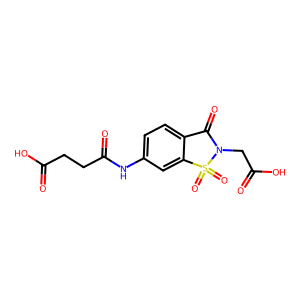
SMILES: O=C(O)CCC(=O)Nc1ccc2c(c1)S(=O)(=O)N(CC(=O)O)C2=O
Inhibits HIV replication: No